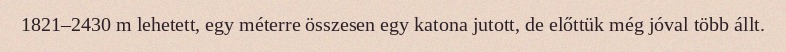
1821–2430 m lehetett, egy méterre összesen egy katona jutott, de előttük még jóval több állt.